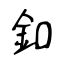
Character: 釦